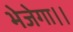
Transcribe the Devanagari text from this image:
भेजेगा।।